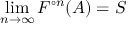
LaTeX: \operatorname* { l i m } _ { n \to \infty } F ^ { \circ n } ( A ) = S